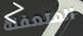
المتعفنة